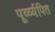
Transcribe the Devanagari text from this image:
पूर्व्व्यपित